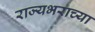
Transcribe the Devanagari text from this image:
राज्यभराच्या